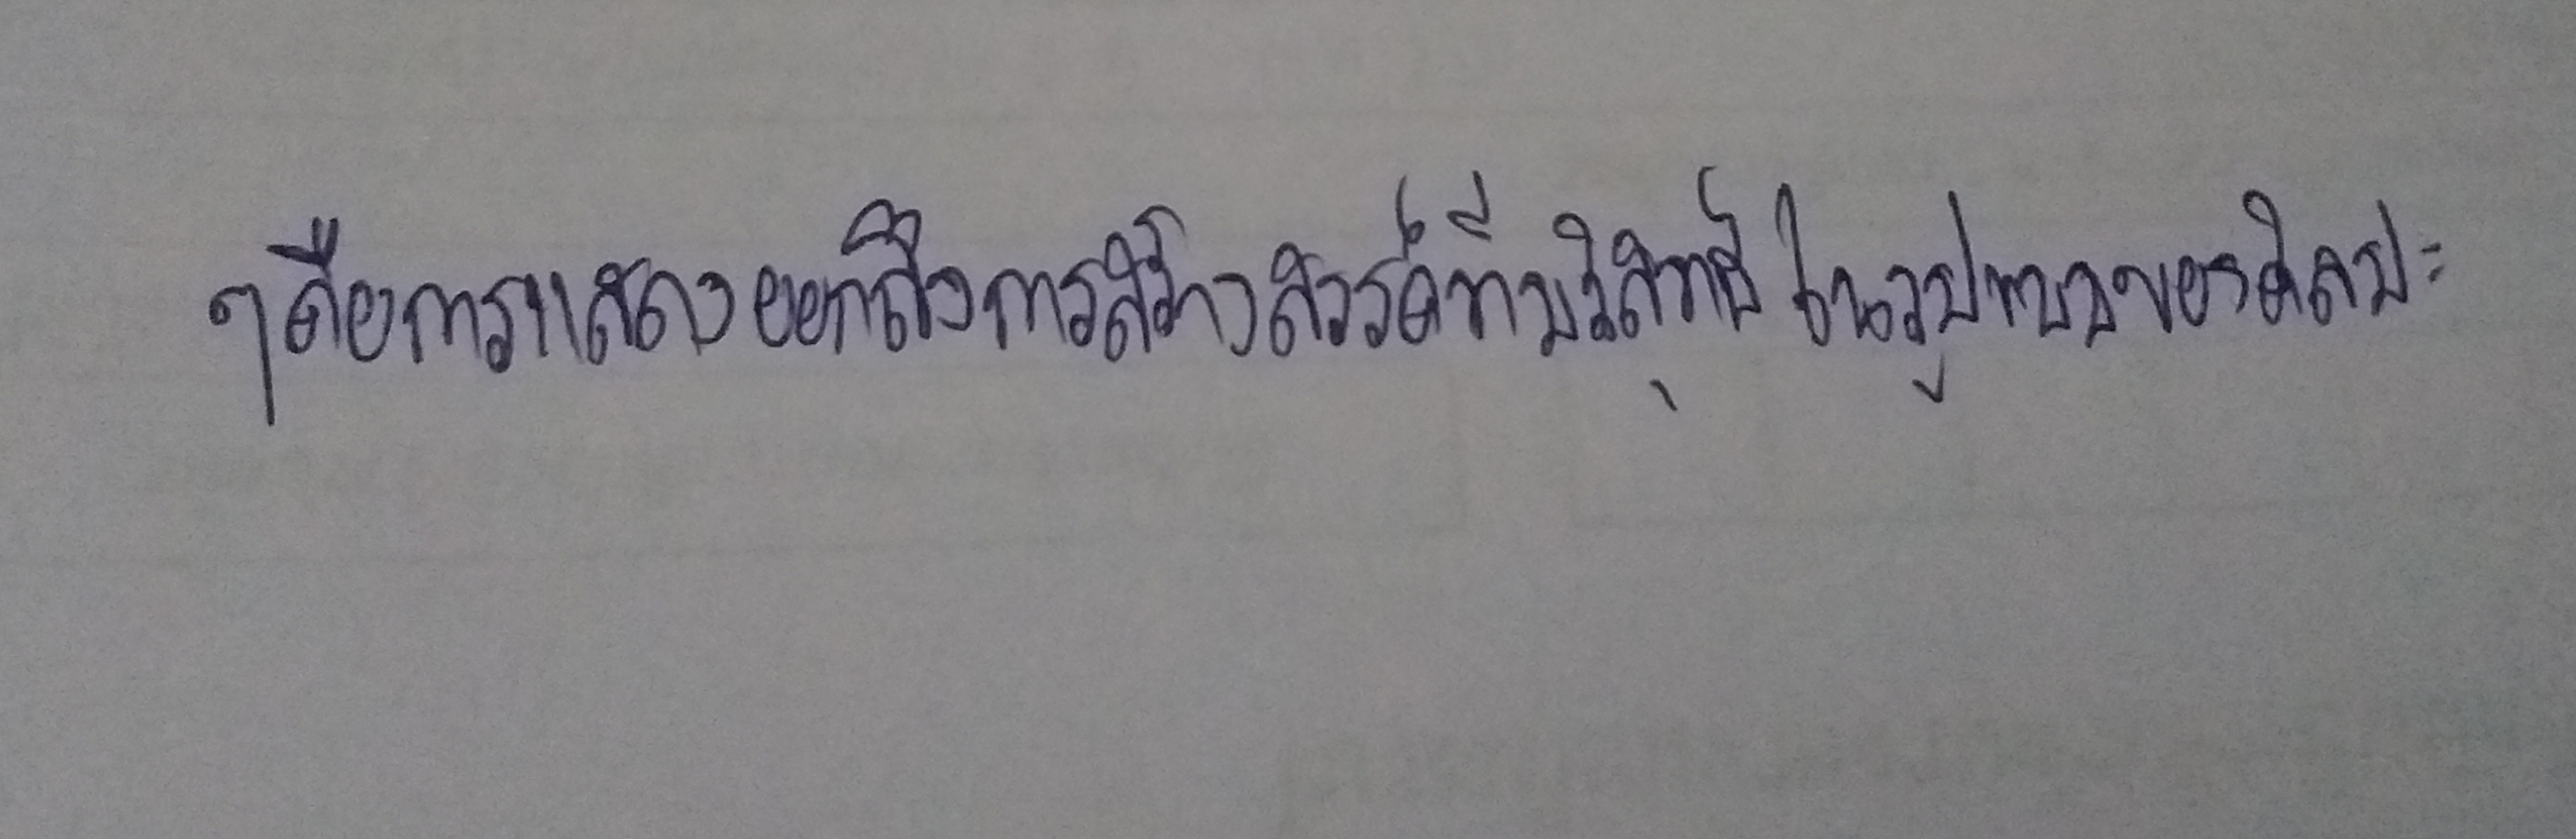
ๆคือการแสดงออกถึงการสร้างสรรค์ที่บริสุทธิ์ในรูปแบบของศิลปะ